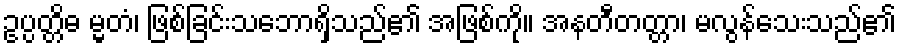
ဥပ္ပတ္တိဓ မ္မတံ၊ ဖြစ်ခြင်းသဘောရှိသည်၏ အဖြစ်ကို။ အနတီတတ္တာ၊ မလွန်သေးသည်၏